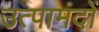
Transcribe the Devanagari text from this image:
उत्पामदों